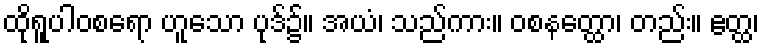
ထိုရူပါဝစရော ဟူသော ပုဒ်၌။ အယံ၊ သည်ကား။ ဝစနတ္ထော၊ တည်း။ ဧတ္ထ၊